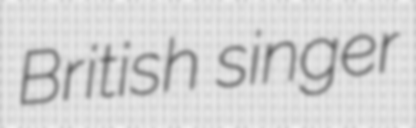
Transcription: British singer